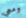
ومعي